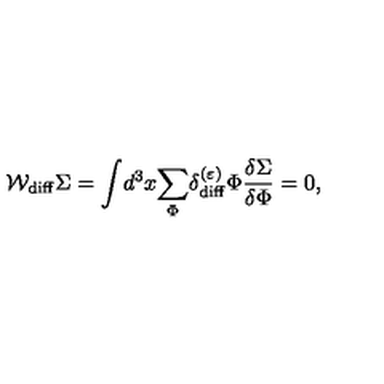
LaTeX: { \cal W } _ { \mathrm { d i f f } } \Sigma = \displaystyle { \int } d ^ { 3 } x \displaystyle { \sum _ { \Phi } ^ { } } \delta _ { \mathrm { d i f f } } ^ { ( \varepsilon ) } \Phi { \displaystyle { \frac { \delta \Sigma } { \delta \Phi } } } = 0 ,